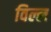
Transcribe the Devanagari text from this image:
विल्ल